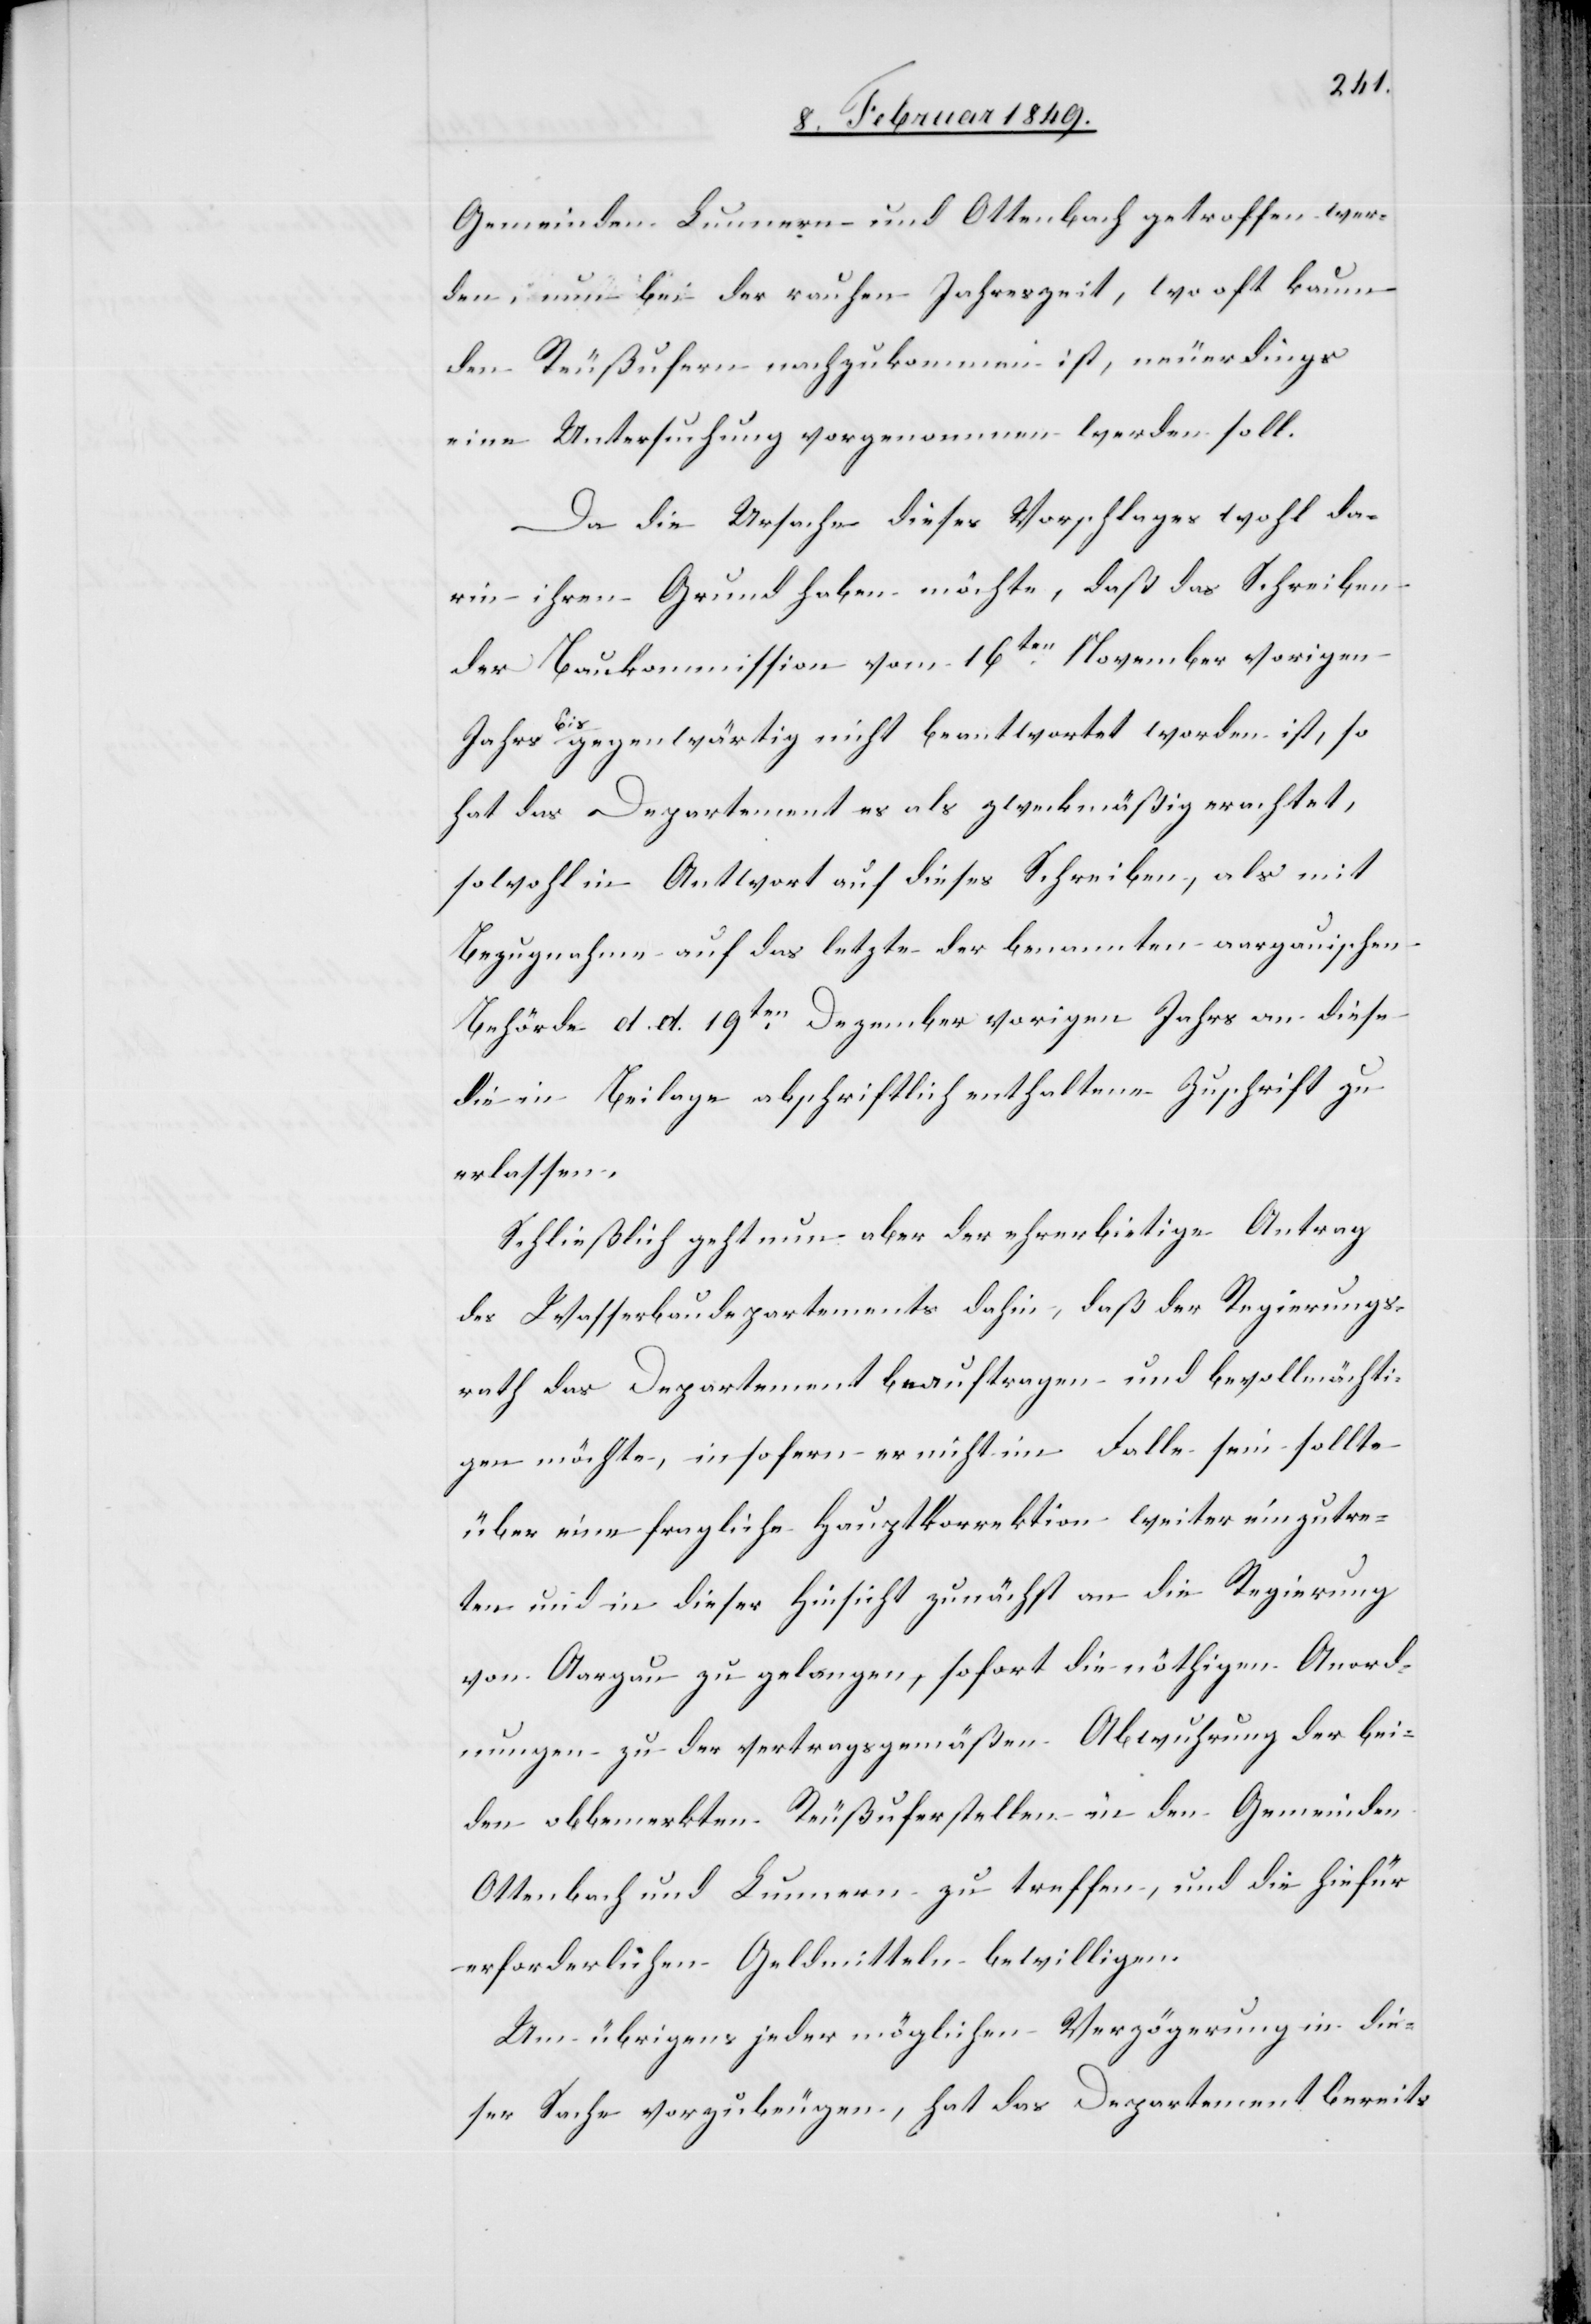
Gemeinden Lunnern und Ottenbach getroffen wer¬
den, nun bei der rauhen Jahreszeit, wo oft kaum
den Reußufern nachzukommen ist, neuerdings
eine Untersuchung vorgenommen werden soll.
Da die Ursache dieses Vorschlages wohl da¬
rin ihren Grund haben möchte, daß das Schreiben
der Baukommission vom 16ten. November vorigen
Jahrs bis gegenwärtig nicht beantwortet worden ist, so
hat das Departement es als zweckmäßig erachtet,
sowohl in Antwort auf dieses Schreiben, als mit
Bezugnahme auf das letzte der benannten aargauischen
Behörde d. d. 19ten. Dezember vorigen Jahrs an diese
die in Beilage abschriftlich enthaltene Zuschrift zu
erlassen.
Schließlich geht nun aber der ehrerbietige Antrag
des Wasserbaudepartements dahin, daß der Regierungs¬
rath das Departement beauftragen und bevollmächti¬
gen möchte, insofern er nicht im Falle sein sollte
über eine fragliche Hauptkorrektion weiter einzutre¬
ten und in dieser Hinsicht zunächst an die Regierung
von Aargau zu gelangen, sofort die nöthigen Anord¬
nungen zu der vertragsgemäßen Abwuhrung der bei¬
den obbemerkten Reußuferstellen in den Gemeinden
Ottenbach und Lunnern zu treffen, und die hiefür
erforderlichen Geldmitteln bewilligen.
Um übrigens jeder möglichen Verzögerung in die¬
ser Sache vorzubeugen, hat das Departement bereits